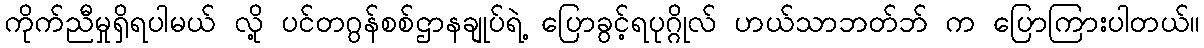
ကိုက်ညီမှုရှိရပါမယ် လို့ ပင်တဂွန်စစ်ဌာနချုပ်ရဲ့ ပြောခွင့်ရပုဂ္ဂိုလ် ဟယ်သာဘတ်ဘ် က ပြောကြားပါတယ်။